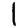
Digit: 1